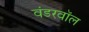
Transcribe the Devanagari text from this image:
वंडरवॉल